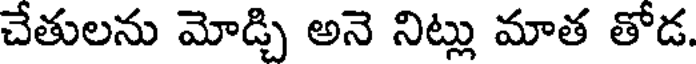
చేతులను మోడ్చి అనె నిట్లు మాత తోడ